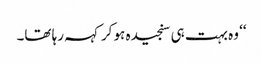
‘‘ وہ بہت ہی سنجیدہ ہو کر کہہ رہا تھا۔